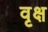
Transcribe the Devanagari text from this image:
वृक्ष